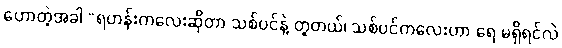
ဟောတဲ့အခါ “ရဟန်းကလေးဆိုတာ သစ်ပင်နဲ့ တူတယ်၊ သစ်ပင်ကလေးဟာ ရေ မရှိရင်လဲ